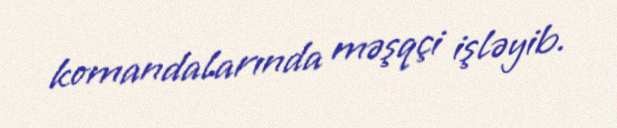
komandalarında məşqçi işləyib.